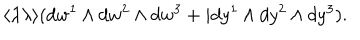
\langle \lambda \lambda \rangle ( d w ^ { 1 } \wedge d w ^ { 2 } \wedge d w ^ { 3 } + i d y ^ { 1 } \wedge d y ^ { 2 } \wedge d y ^ { 3 } ) .